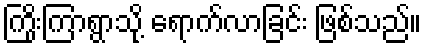
ကြိုးကြာရွာသို့ ရောက်လာခြင်း ဖြစ်သည်။